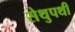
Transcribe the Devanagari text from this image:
सेथुपथी